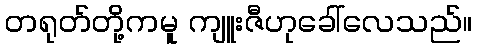
တရုတ်တို့ကမူ ကျူးဇီဟုခေါ်လေသည်။